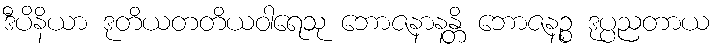
ဒီပိနိယာ ဒုတိယတတိယဝါရေသု ဘောဇနာနန္တိ ဘောဇနဉ္စ ဒုပ္ပညတာယ